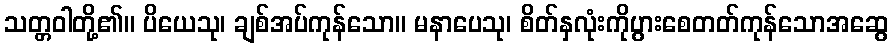
သတ္တဝါတို့၏။ ပိယေသု၊ ချစ်အပ်ကုန်သော။ မနာပေသု၊ စိတ်နှလုံးကိုပွားစေတတ်ကုန်သောအဆွေ